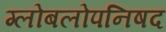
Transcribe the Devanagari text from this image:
ग्लोबलोपनिषद